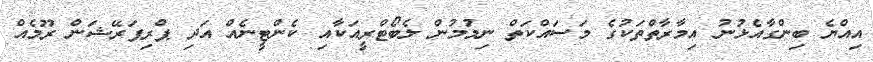
އިއްޔެ ބިންގާއެޅުނު އިމާރާތްތަކުގެ މަސައްކަތް ނިމުމުން ލެބޯޓްރީއަކާއި ކެންޓީނެއް އަދި ޕްރިޕަރޭޝަން ރޫމެއް